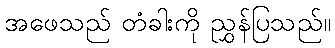
အဖေသည် တံခါးကို ညွှန်ပြသည်။